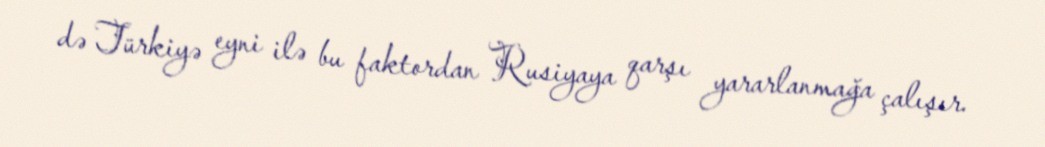
də Türkiyə eyni ilə bu faktordan Rusiyaya qarşı yararlanmağa çalışır.